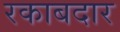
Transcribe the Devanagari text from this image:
रकाबदार